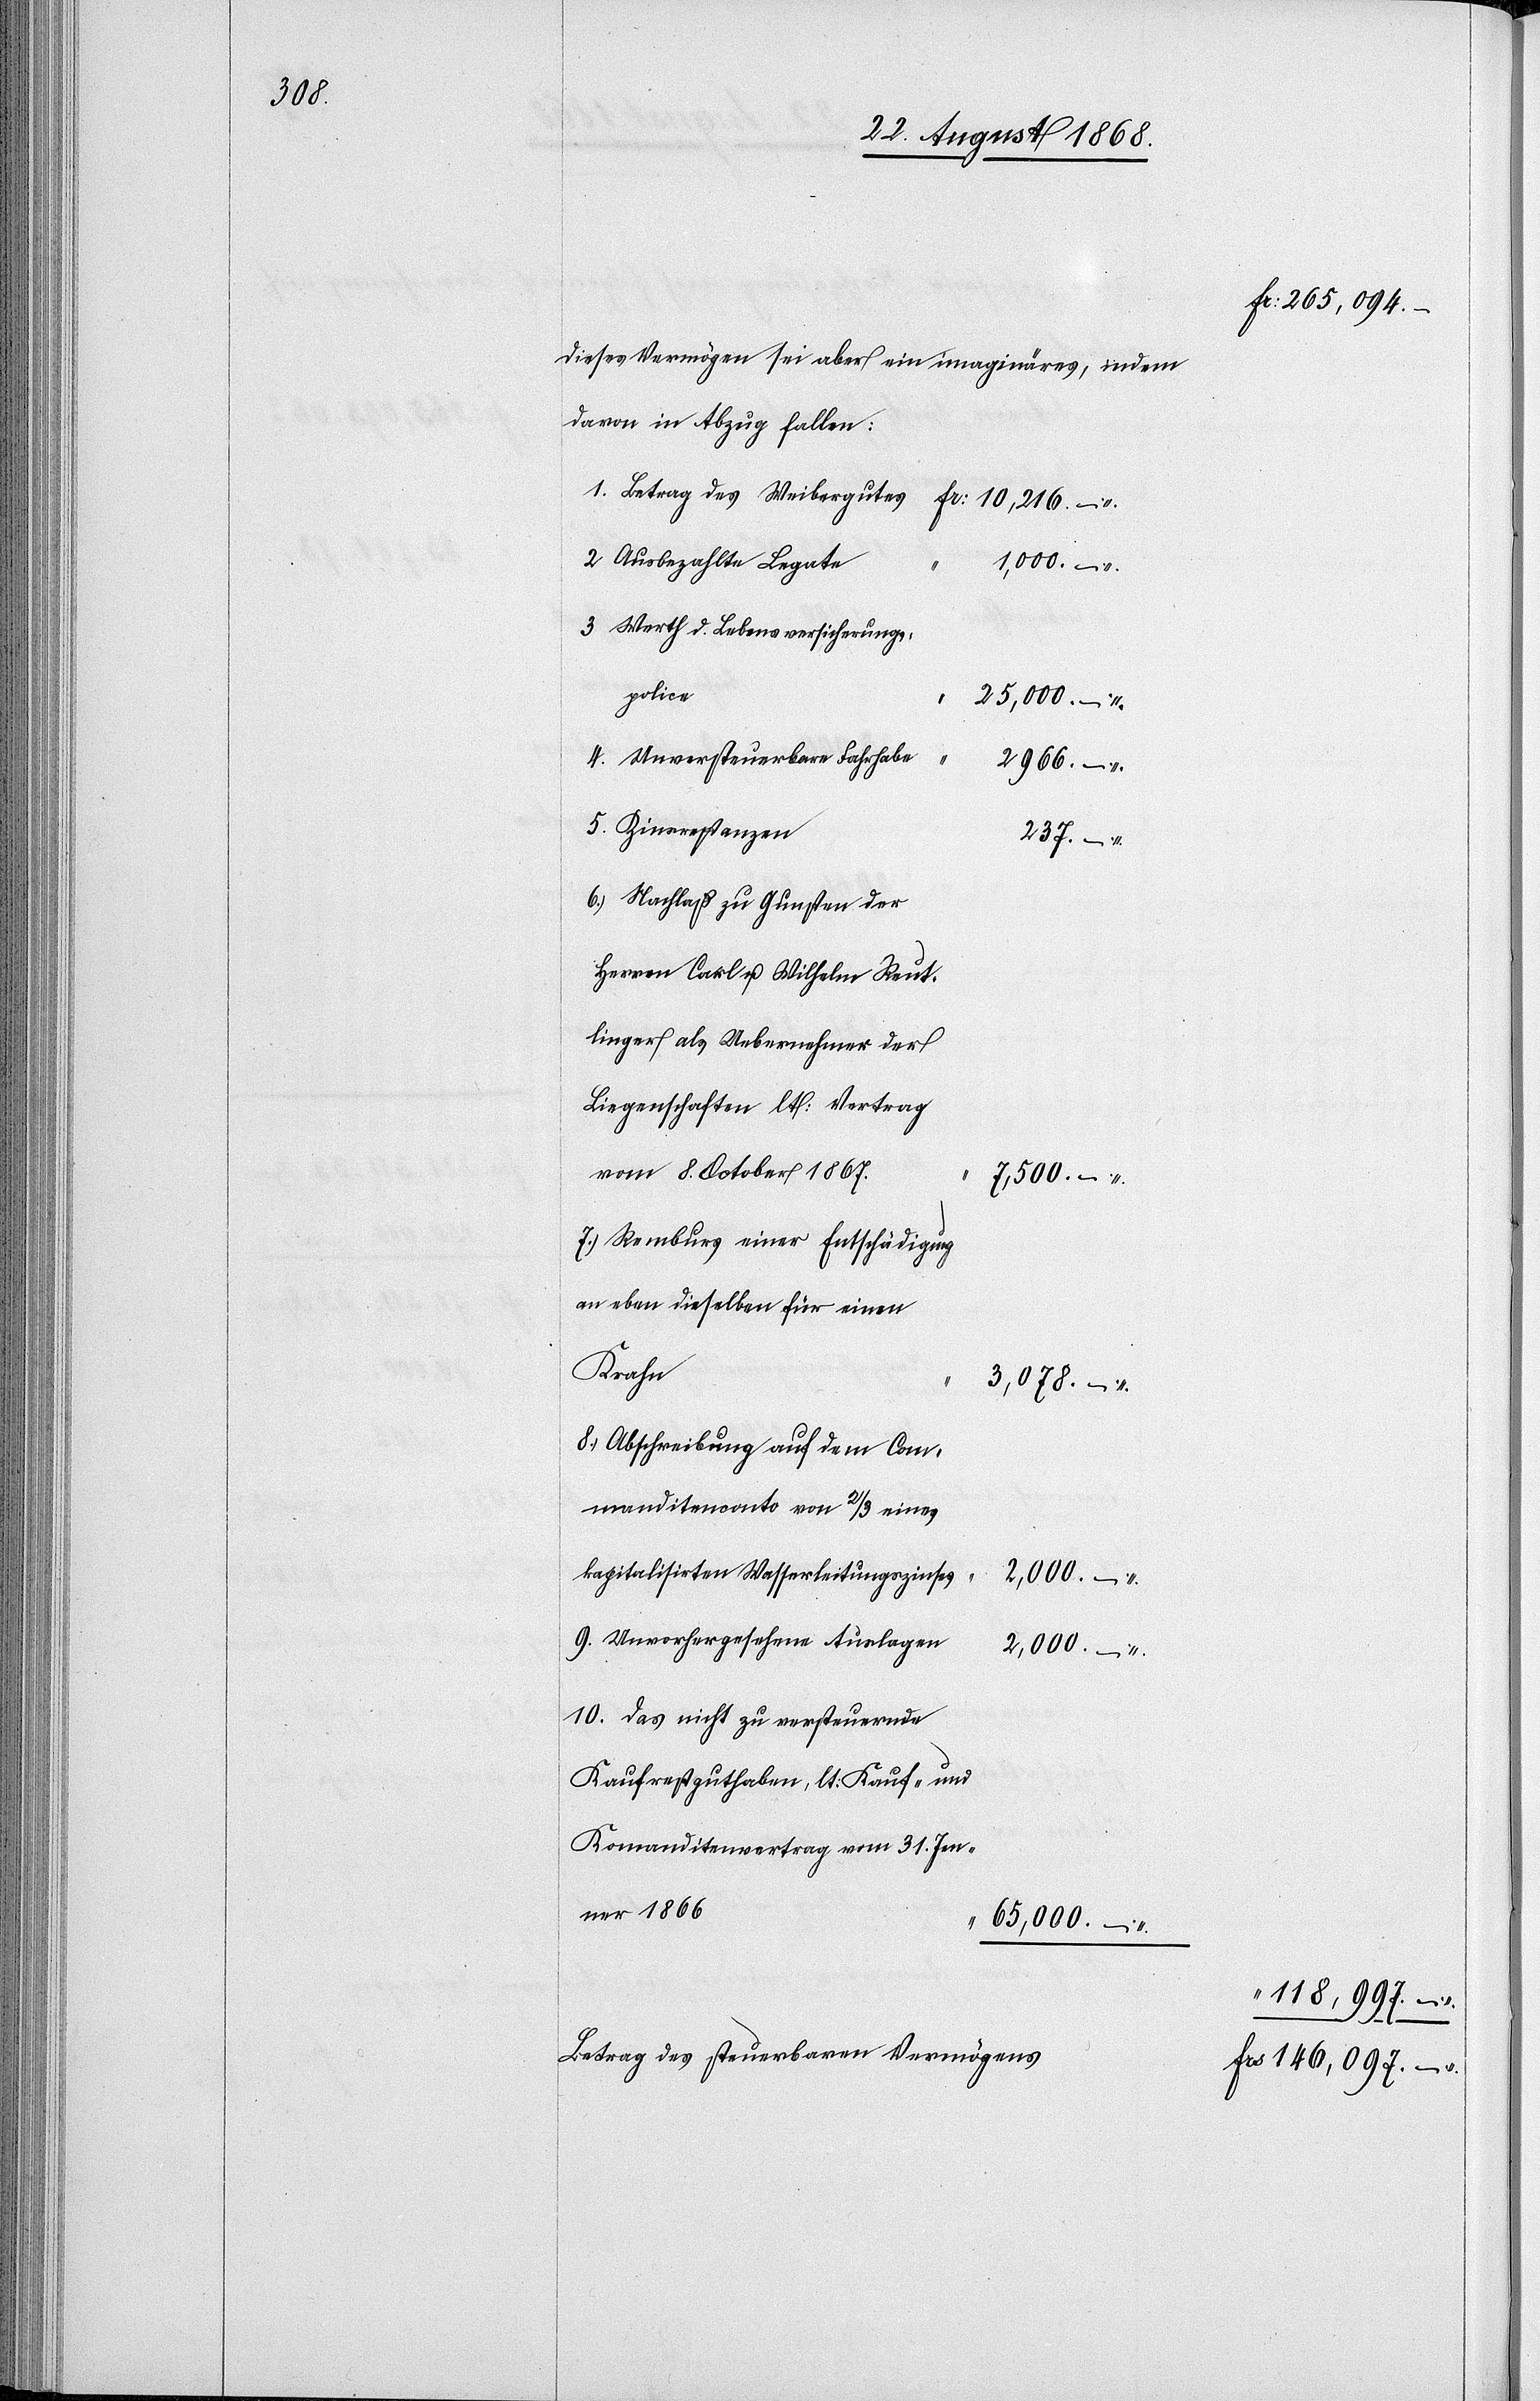
Dieses Vermögen sei aber ein imaginäres, indem
davon in Abzug fallen:
Ausbezahlte Legate
5.
1,000. –
Werth d. Lebensversicherungs¬
police
25,000. –
4.
Unversteuerbare Fahrhabe
2966. –
237. –
Nachlaß zu Gunsten der
Herren Carl u. Wilhelm Reut¬
linger als Uebernehmer der
Liegenschaften lt: Vertrag
vom 8. October 1867.
7,500. –
Remburs einer Entschädigung
an eben dieselben für einen
Krahn
3,078. –
Abschreibung auf dem Com¬
manditenconto von 2/3 eines
kapitalisirten Wasserleitungszinses
2,000. –
Unvorhergesehene Auslagen
2,000. –
Das nicht zu versteuernde
Kaufrestguthaben, lt: Kauf- und
Komanditenvertrag vom 31. Jen¬
ner 1866
65,000. –
Betrag des steuerbaren Vermögens

Fr: 265,094. –
118,997. –
Frs 146,097. –